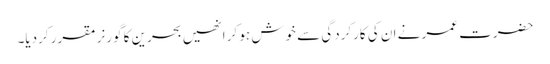
حضرت عمر نے ان کی کارکردگی سے خوش ہو کر انھیں بحرین کا گورنر مقرر کردیا۔